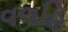
વલહિ